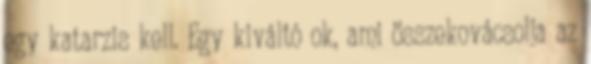
egy katarzis kell. Egy kiváltó ok, ami összekovácsolja az